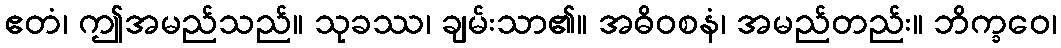
ဧတံ၊ ဤအမည်သည်။ သုခဿ၊ ချမ်းသာ၏။ အဓိဝစနံ၊ အမည်တည်း။ ဘိက္ခဝေ၊